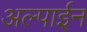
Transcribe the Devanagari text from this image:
अल्पाईन